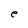
Character: e